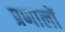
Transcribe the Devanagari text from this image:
प्रणालों